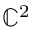
\mathbb { C } ^ { 2 }